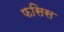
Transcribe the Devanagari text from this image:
फसिस